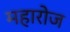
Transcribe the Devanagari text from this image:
महारोज